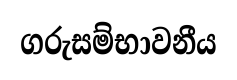
ගරුසම්භාවනීය